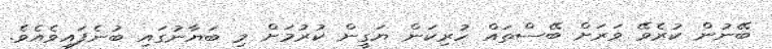
ބޭނުން ކުރެވޭ ވަރަށް ބޭސްތައް ހުރިކަން ޔަގީން ކުރުމަށް މި ބަޔާނުގައި ބުނެފައިވެއެވެ.